Vaccination Hyderabad 1890-1903 - 1890-1903
Year: 1890
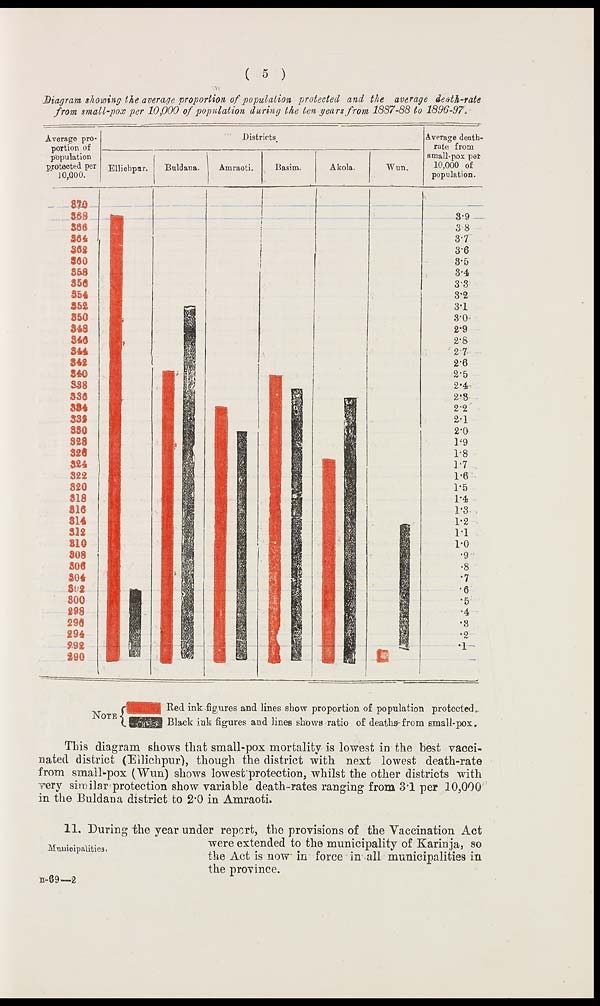
( 5 )
Diagram showing the average proportion of population protected and the average death-rate
from small-pox per 10,000 of population during the ten years from 1887-88 to 1896-97.
This diagram shows that small-pox mortality is lowest in the best vacci-
nated district (Ellichpur), though the district with next lowest death-rate
from small-pox (Wun) shows lowest protection, whilst the other districts with
very similar protection show variable death-rates ranging from 3.1 per 10,000
in the Buldana district to 2.0 in Amraoti.
Municipalities.
11. During the year under report, the provisions of the Vaccination Act
were extended to the municipality of Karinja, so
the Act is now in force in all municipalities in
the province.
B-69—2